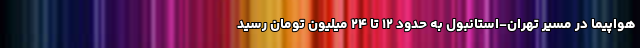
هواپیما در مسیر تهران-استانبول به حدود ۱۲ تا ۲۴ میلیون تومان رسید